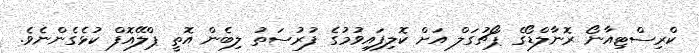
ކްރިސްޓިއާނޯ ރޮނާލްޑޯގެ ޕޯޗުގަލް އަށް ކޮލިފައިވުމުގެ ފުރުސަތު ލިބެން އޮތީ ޕްލޭއޮފް ކުޅެގެންނެވެ.